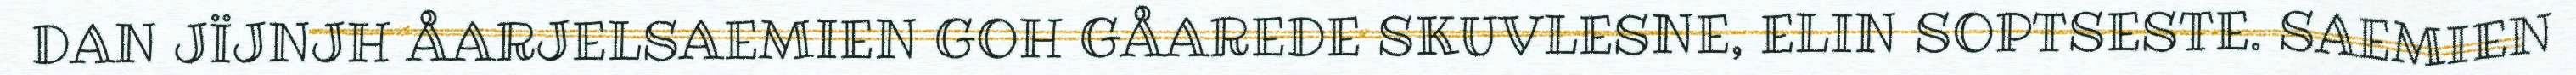
DAN JÏJNJH ÅARJELSAEMIEN GOH GÅAREDE SKUVLESNE, ELIN SOPTSESTE. SAEMIEN